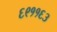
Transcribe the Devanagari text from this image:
६९११६३